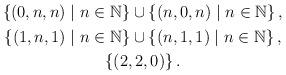
LaTeX: \begin{align*} \begin{gathered} \left\{ (0,n,n)\mid n\in\mathbb{N} \right\}\cup\left\{ (n,0,n)\mid n\in\mathbb{N} \right\}, \\ \left\{ (1,n,1)\mid n\in\mathbb{N} \right\}\cup\left\{ (n,1,1)\mid n\in\mathbb{N} \right\}, \\ \left\{ (2,2,0) \right\}. \end{gathered} \end{align*}